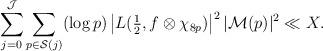
LaTeX: \begin{align*} \sum_{j=0}^{\mathcal{J}}\sum_{p \in \mathcal{S}(j)}(\log p) \left| L(\tfrac{1}{2},f \otimes \chi_{8p}) \right|^2|\mathcal{M}(p)|^2 \ll X .\end{align*}